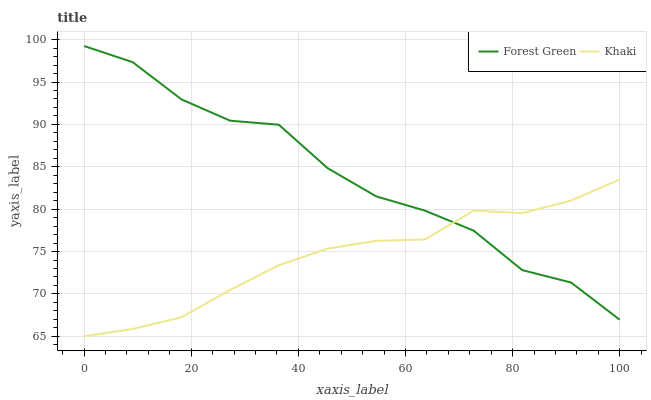
| xaxis_label | Forest Green | Khaki |
 | --- | --- | --- |
 | 0 | 99.2 | 65 |
 | 9.09 | 97.3 | 65.9 |
 | 18.2 | 93 | 67.2 |
 | 27.3 | 90.4 | 70.5 |
 | 36.4 | 90 | 73.4 |
 | 45.5 | 84.8 | 75.3 |
 | 54.5 | 81.5 | 76.3 |
 | 63.6 | 79.8 | 76.4 |
 | 72.7 | 77.5 | 79.8 |
 | 81.8 | 72.8 | 79.5 |
 | 90.9 | 71.3 | 81 |
 | 100 | 67 | 83.5 |